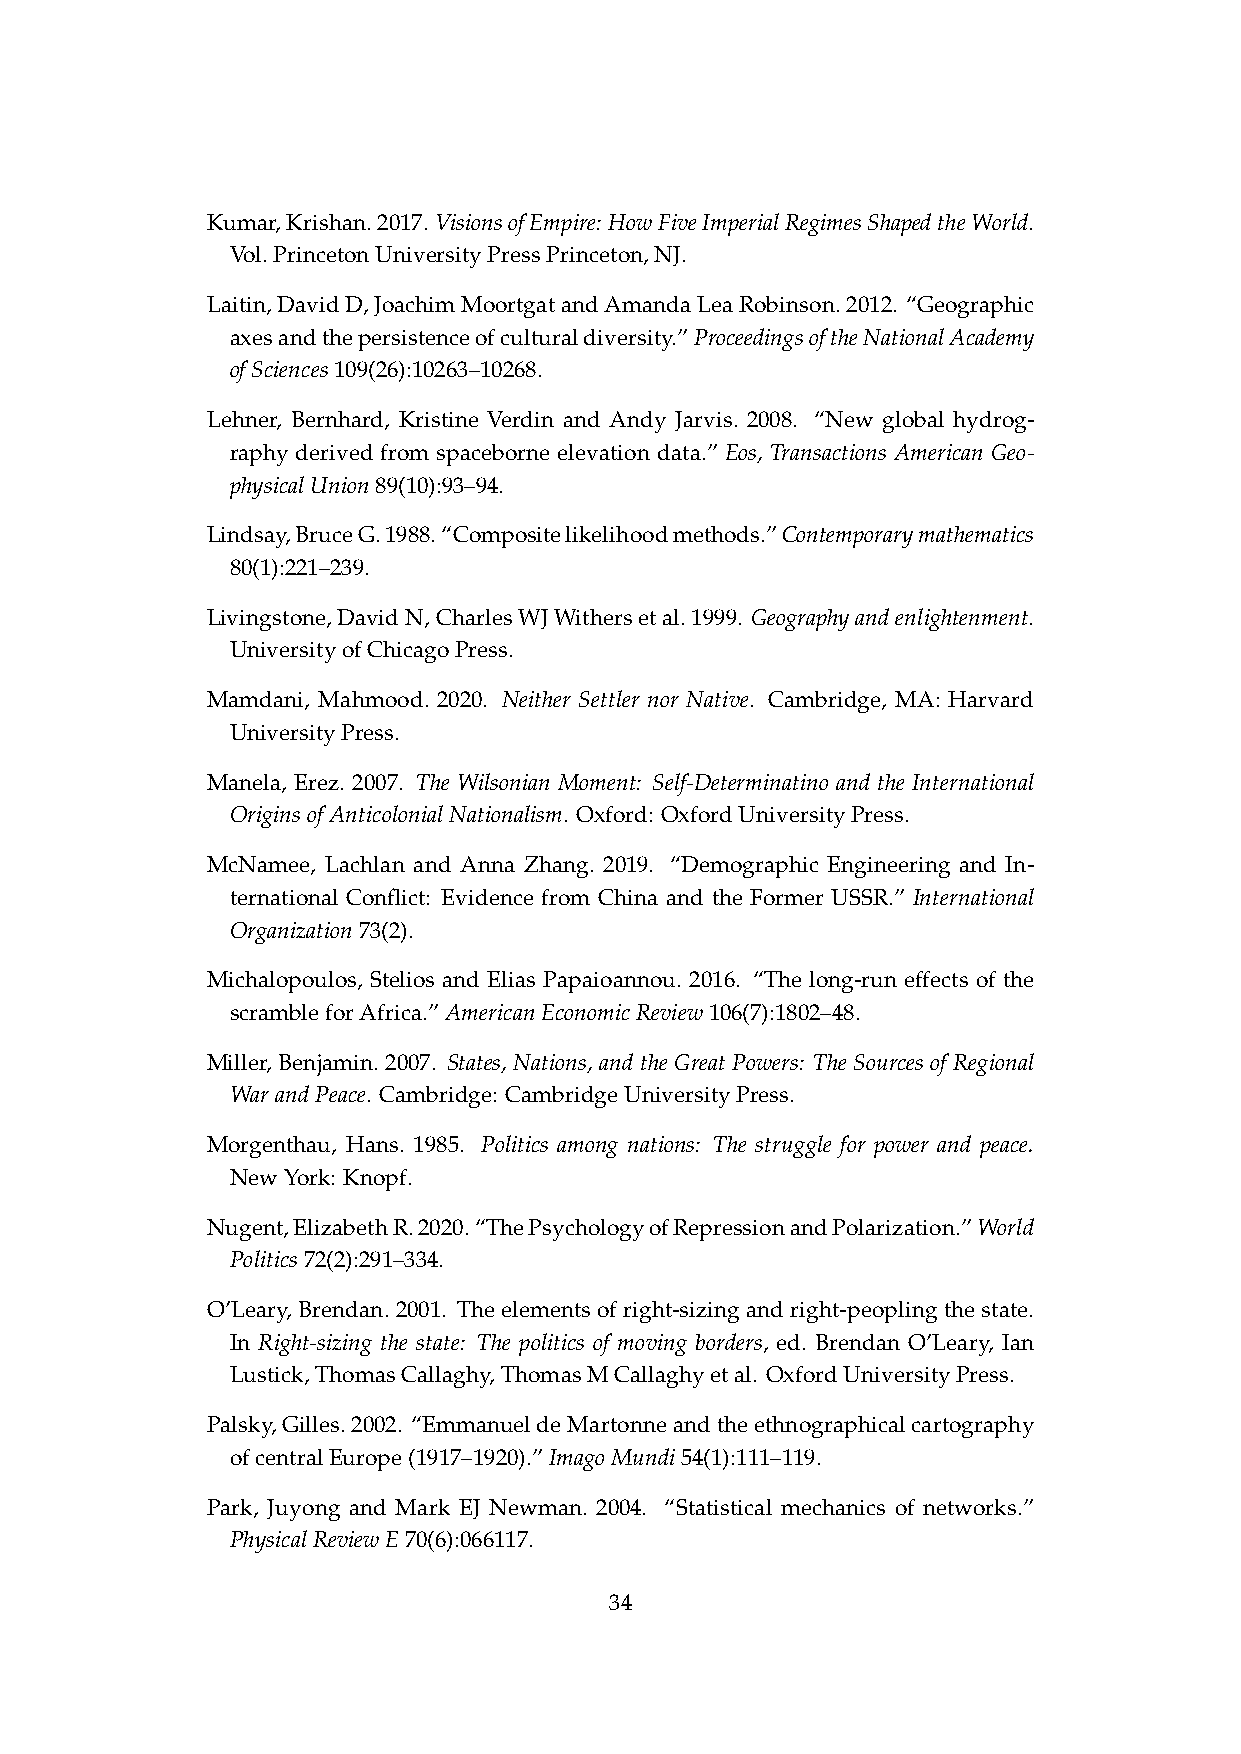
Kumar,Krishan.2017. VisionsofEmpire: HowFiveImperialRegimesShapedtheWorld.
 Vol.PrincetonUniversityPressPrinceton,NJ.
 Laitin,DavidD,JoachimMoortgatandAmandaLeaRobinson.2012. “Geographic
 axesandthepersistenceofculturaldiversity.”ProceedingsoftheNationalAcademy
 ofSciences109(26):10263–10268.
 Lehner, Bernhard, Kristine Verdin and Andy Jarvis. 2008. “New global hydrog-
 raphy derived from spaceborne elevation data.” Eos, Transactions American Geo-
 physicalUnion89(10):93–94.
 Lindsay,BruceG.1988.“Compositelikelihoodmethods.”Contemporarymathematics
 80(1):221–239.
 Livingstone,DavidN,CharlesWJWithersetal.1999. Geographyandenlightenment.
 UniversityofChicagoPress.
 Mamdani, Mahmood. 2020. Neither Settler nor Native. Cambridge, MA: Harvard
 UniversityPress.
 Manela, Erez. 2007. The Wilsonian Moment: Self-Determinatino and the International
 OriginsofAnticolonialNationalism. Oxford: OxfordUniversityPress.
 McNamee, Lachlan and Anna Zhang. 2019. “Demographic Engineering and In-
 ternational Conflict: Evidence from China and the Former USSR.” International
 Organization73(2).
 Michalopoulos, Stelios and Elias Papaioannou. 2016. “The long-run effects of the
 scrambleforAfrica.”AmericanEconomicReview106(7):1802–48.
 Miller, Benjamin. 2007. States, Nations, and the Great Powers: The Sources of Regional
 WarandPeace. Cambridge: CambridgeUniversityPress.
 Morgenthau, Hans. 1985. Politics among nations: The struggle for power and peace.
 NewYork: Knopf.
 Nugent,ElizabethR.2020.“ThePsychologyofRepressionandPolarization.”World
 Politics72(2):291–334.
 O’Leary, Brendan. 2001. The elements of right-sizing and right-peopling the state.
 In Right-sizing the state: The politics of moving borders, ed. Brendan O’Leary, Ian
 Lustick,ThomasCallaghy,ThomasMCallaghyetal. OxfordUniversityPress.
 Palsky,Gilles.2002. “EmmanueldeMartonneandtheethnographicalcartography
 ofcentralEurope(1917–1920).”ImagoMundi54(1):111–119.
 Park, Juyong and Mark EJ Newman. 2004. “Statistical mechanics of networks.”
 PhysicalReviewE70(6):066117.
 34